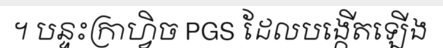
។ បន្ទះក្រាហ្វិច PGS ដែលបង្កើតឡើង